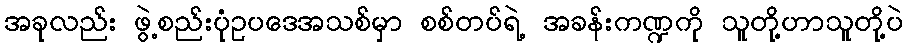
အခုလည်း ဖွဲ့စည်းပုံဥပဒေအသစ်မှာ စစ်တပ်ရဲ့ အခန်းကဏ္ဍကို သူတို့ဟာသူတို့ပဲ